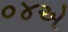
૦૪એ